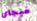
فيجاى